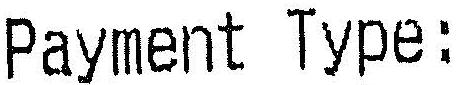
PAYMENT TYPE: